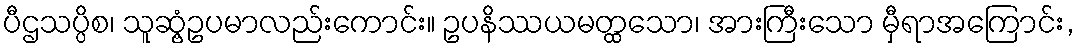
ပီဌသပ္ပိစ၊ သူဆွံ့ဥပမာလည်းကောင်း။ ဥပနိဿယမတ္ထသော၊ အားကြီးသော မှီရာအကြောင်း,